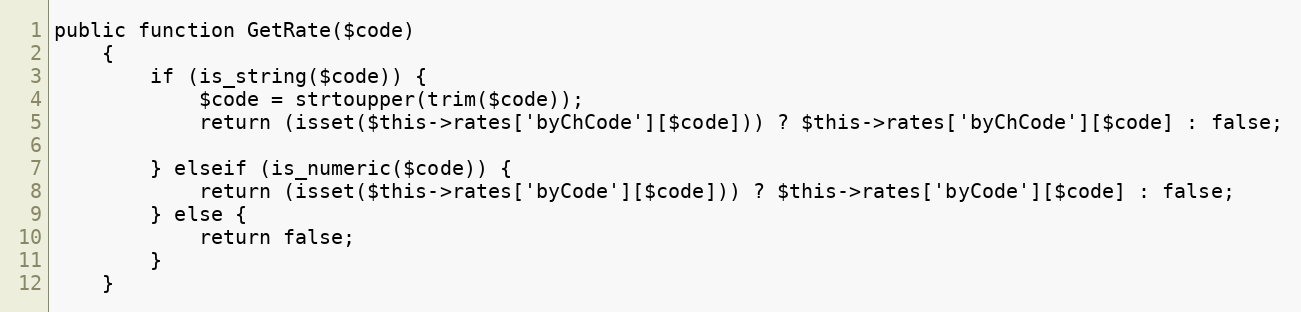
Language: PHP
public function GetRate($code)
    {
        if (is_string($code)) {
            $code = strtoupper(trim($code));
            return (isset($this->rates['byChCode'][$code])) ? $this->rates['byChCode'][$code] : false;

        } elseif (is_numeric($code)) {
            return (isset($this->rates['byCode'][$code])) ? $this->rates['byCode'][$code] : false;
        } else {
            return false;
        }
    }